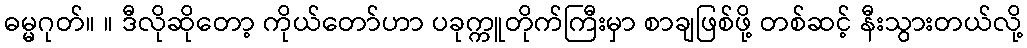
ဓမ္မဂုတ်။ ။ ဒီလိုဆိုတော့ ကိုယ်တော်ဟာ ပခုက္ကူတိုက်ကြီးမှာ စာချဖြစ်ဖို့ တစ်ဆင့် နီးသွားတယ်လို့